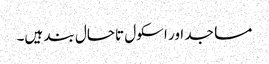
مساجد اور اسکول تاحال بند ہیں۔